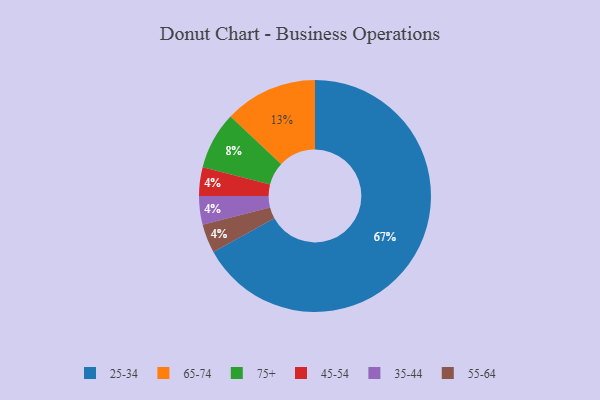
{"axis": {"x": "Category", "y": "Percentage"}, "legend": ["25-34", "35-44", "45-54", "55-64", "65-74", "75+"], "data": [{"x": "65-74", "y": 13, "type": "65-74"}, {"x": "45-54", "y": 4, "type": "45-54"}, {"x": "75+", "y": 8, "type": "75+"}, {"x": "35-44", "y": 4, "type": "35-44"}, {"x": "55-64", "y": 4, "type": "55-64"}, {"x": "25-34", "y": 67, "type": "25-34"}]}